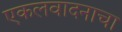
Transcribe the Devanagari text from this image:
एकलवादनाचा